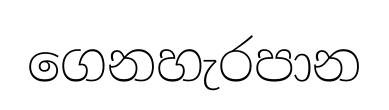
ගෙනහැරපාන